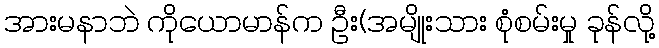
အားမနာဘဲ ကိုယောမာန်က ဦး(အမျိုးသား စုံစမ်းမှု ခုန်လို့